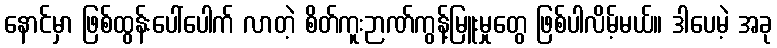
နောင်မှာ ဖြစ်ထွန်းပေါ်ပေါက် လာတဲ့ စိတ်ကူးဉာဏ်ကွန့်မြူးမှုတွေ ဖြစ်ပါလိမ့်မယ်။ ဒါပေမဲ့ အခု